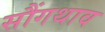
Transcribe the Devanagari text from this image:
सौंगथाव